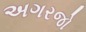
અગરજો